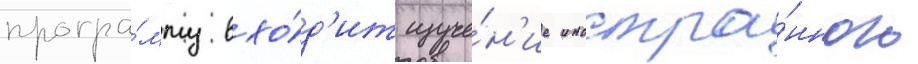
програ́мму вхо́д'ит изуче́н'ие иностра́нного